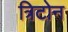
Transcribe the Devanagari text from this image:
त्रिटोन